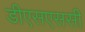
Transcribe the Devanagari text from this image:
डीएसएससी